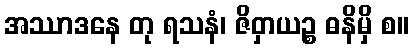
အဿာဒနေ တု ရသနံ၊ ဇိဝှာယဉ္စ ဓနိမှိ စ။